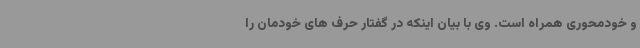
و خودمحوری همراه است. وی با بیان اینکه در گفتار حرف های خودمان را